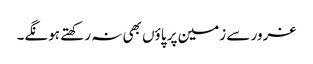
غرور سے زمین پر پاؤں بھی نہ رکھتے ہونگے۔